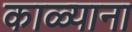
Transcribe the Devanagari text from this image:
काळ्याना